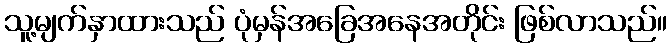
သူ့မျက်နှာထားသည် ပုံမှန်အခြေအနေအတိုင်း ဖြစ်လာသည်။